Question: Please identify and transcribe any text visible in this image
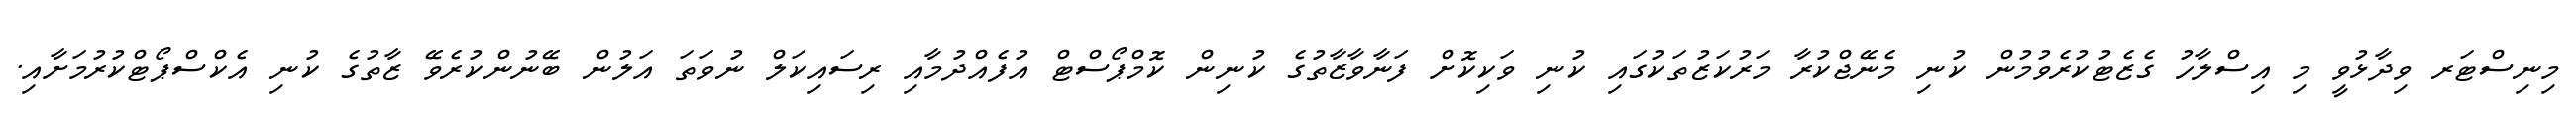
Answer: މިނިސްޓަރ ވިދާޅުވީ މި އިސްލާހު ގެޒެޓުކުރެވުމުން ކުނި މެނޭޖްކުރާ މަރުކަޒުތަކުގައި ކުނި ވަކިކޮށް ފަނާވާޒާތުގެ ކުނިން ކޮމްޕޯސްޓް އުފެއްދުމާއި ރިސައިކަލް ނުވަތަ އަލުން ބޭނުންކުރެވޭ ޒާތުގެ ކުނި އެކްސްޕޯޓްކުރުމަށާއި.